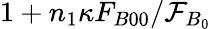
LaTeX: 1+n_{1}\kappa F_{B00}/\mathcal{F}_{B_{0}}